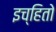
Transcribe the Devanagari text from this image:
इच्हितो